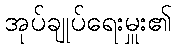
အုပ်ချုပ်ရေးမှူး၏